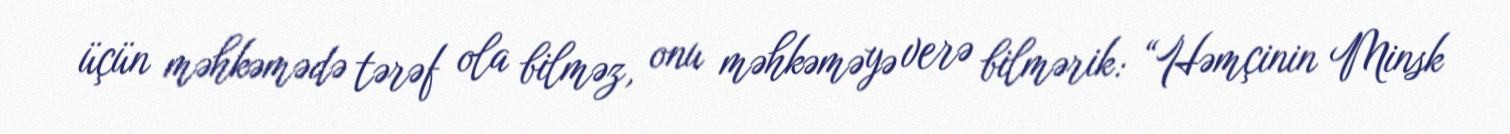
üçün məhkəmədə tərəf ola bilməz, onu məhkəməyə verə bilmərik: “Həmçinin Minsk